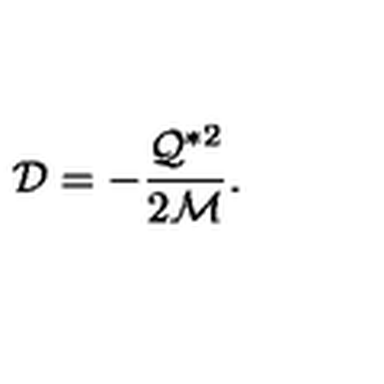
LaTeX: { \cal D } = - \frac { { \cal Q } ^ { * 2 } } { 2 { \cal M } } .